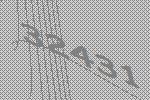
32431